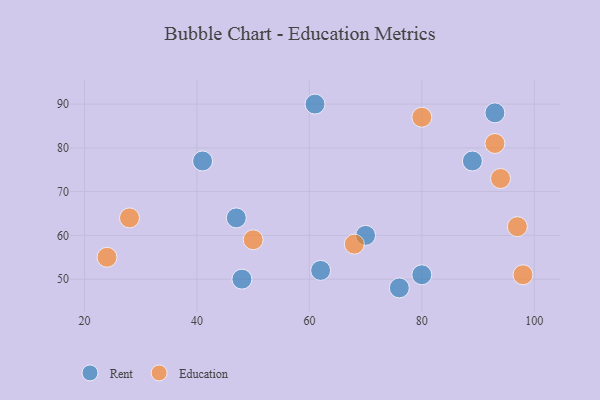
{"axis": {"x": "GDP", "y": "Life Expectancy"}, "legend": ["Education", "Rent"], "data": [{"x": "76", "y": 48, "type": "Rent"}, {"x": "80", "y": 51, "type": "Rent"}, {"x": "70", "y": 60, "type": "Rent"}, {"x": "61", "y": 90, "type": "Rent"}, {"x": "93", "y": 88, "type": "Rent"}, {"x": "89", "y": 77, "type": "Rent"}, {"x": "47", "y": 64, "type": "Rent"}, {"x": "41", "y": 77, "type": "Rent"}, {"x": "48", "y": 50, "type": "Rent"}, {"x": "62", "y": 52, "type": "Rent"}, {"x": "93", "y": 81, "type": "Education"}, {"x": "24", "y": 55, "type": "Education"}, {"x": "50", "y": 59, "type": "Education"}, {"x": "98", "y": 51, "type": "Education"}, {"x": "97", "y": 62, "type": "Education"}, {"x": "28", "y": 64, "type": "Education"}, {"x": "80", "y": 87, "type": "Education"}, {"x": "68", "y": 58, "type": "Education"}, {"x": "94", "y": 73, "type": "Education"}]}